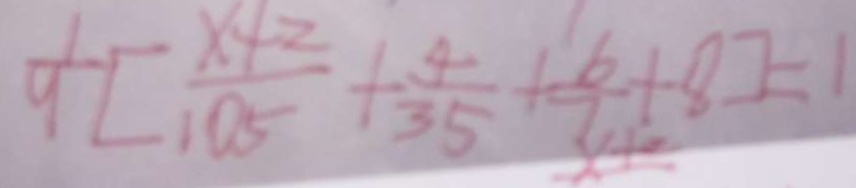
\frac { 1 } { 9 } [ \frac { x + 2 } { 1 0 5 } + \frac { 4 } { 3 5 } + \frac { 6 } { 7 } + 8 ] = 1